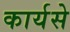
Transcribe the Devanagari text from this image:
कार्यसे